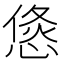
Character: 𭝶